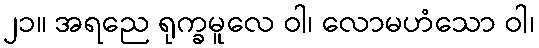
၂၁။ အရညေ ရုက္ခမူလေ ဝါ၊ လောမဟံသော ဝါ၊